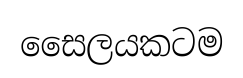
සෛලයකටම